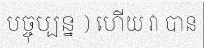
បច្ចុប្បន្ន ) ហើយ វា បាន